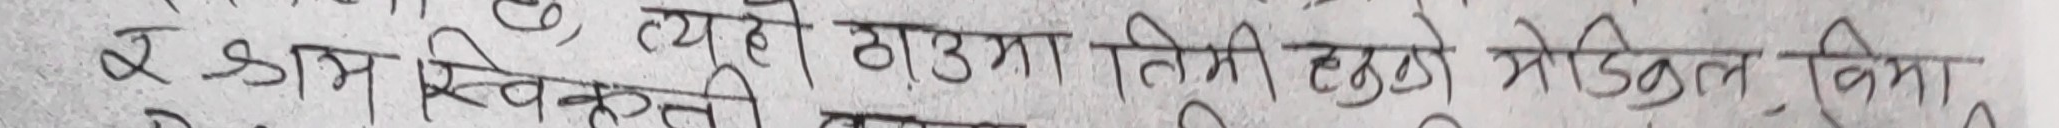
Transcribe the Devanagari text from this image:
र डाम स्वीकृति त्युही ठाउमा तिरी हल्मो मेडिकल बिमा